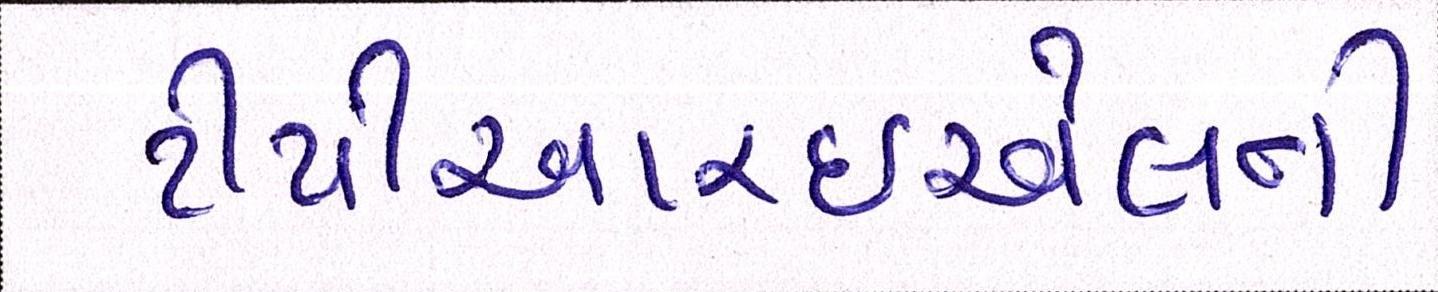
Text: ટીપીઆરઇએલની